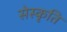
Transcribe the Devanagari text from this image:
सेस्कृति